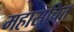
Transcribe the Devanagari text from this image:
महासचित